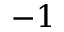
- 1